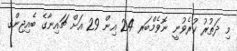
މި ދަތުރު ކުރެވުނީ ނޮވެމްބަރ 24 އިން 29 އަށް ޗައިނާގެ ބެއިޖިންގ